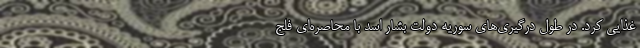
غذایی کرد. در طول درگیری‌های سوریه دولت بشار اسد با محاصره‌ای فلج